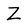
Character: Z